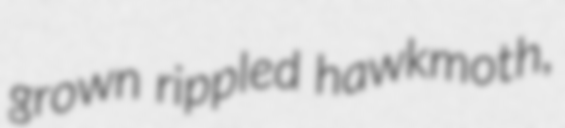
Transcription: grown rippled hawkmoth,